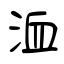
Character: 洫